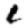
Digit: 1